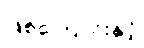
ဖြစ်ကြောင်းနှင့်